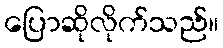
ပြောဆိုလိုက်သည်။